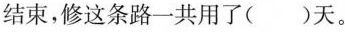
结束，修这条路一共用了( )天。